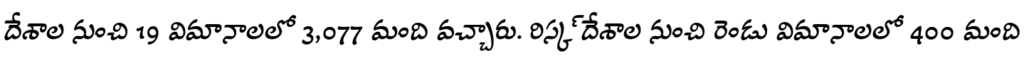
దేశాల నుంచి 19 విమానాలలో 3,077 మంది వచ్చారు. రిస్క్ దేశాల నుంచి రెండు విమానాలలో 400 మంది